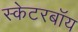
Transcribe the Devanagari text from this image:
स्केटरबॉय